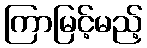
ကြာမြင့်မည့်